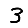
Digit: 3